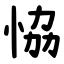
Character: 恊